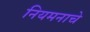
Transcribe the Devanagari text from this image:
नियमनाचे